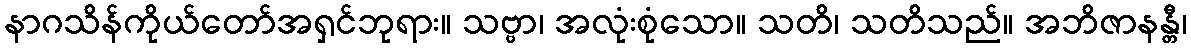
နာဂသိန်ကိုယ်တော်အရှင်ဘုရား။ သဗ္ဗာ၊ အလုံးစုံသော။ သတိ၊ သတိသည်။ အဘိဇာနန္တီ၊